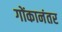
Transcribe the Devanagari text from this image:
गोंकानंतर